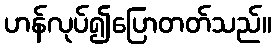
ဟန်လုပ်၍ပြောတတ်သည်။